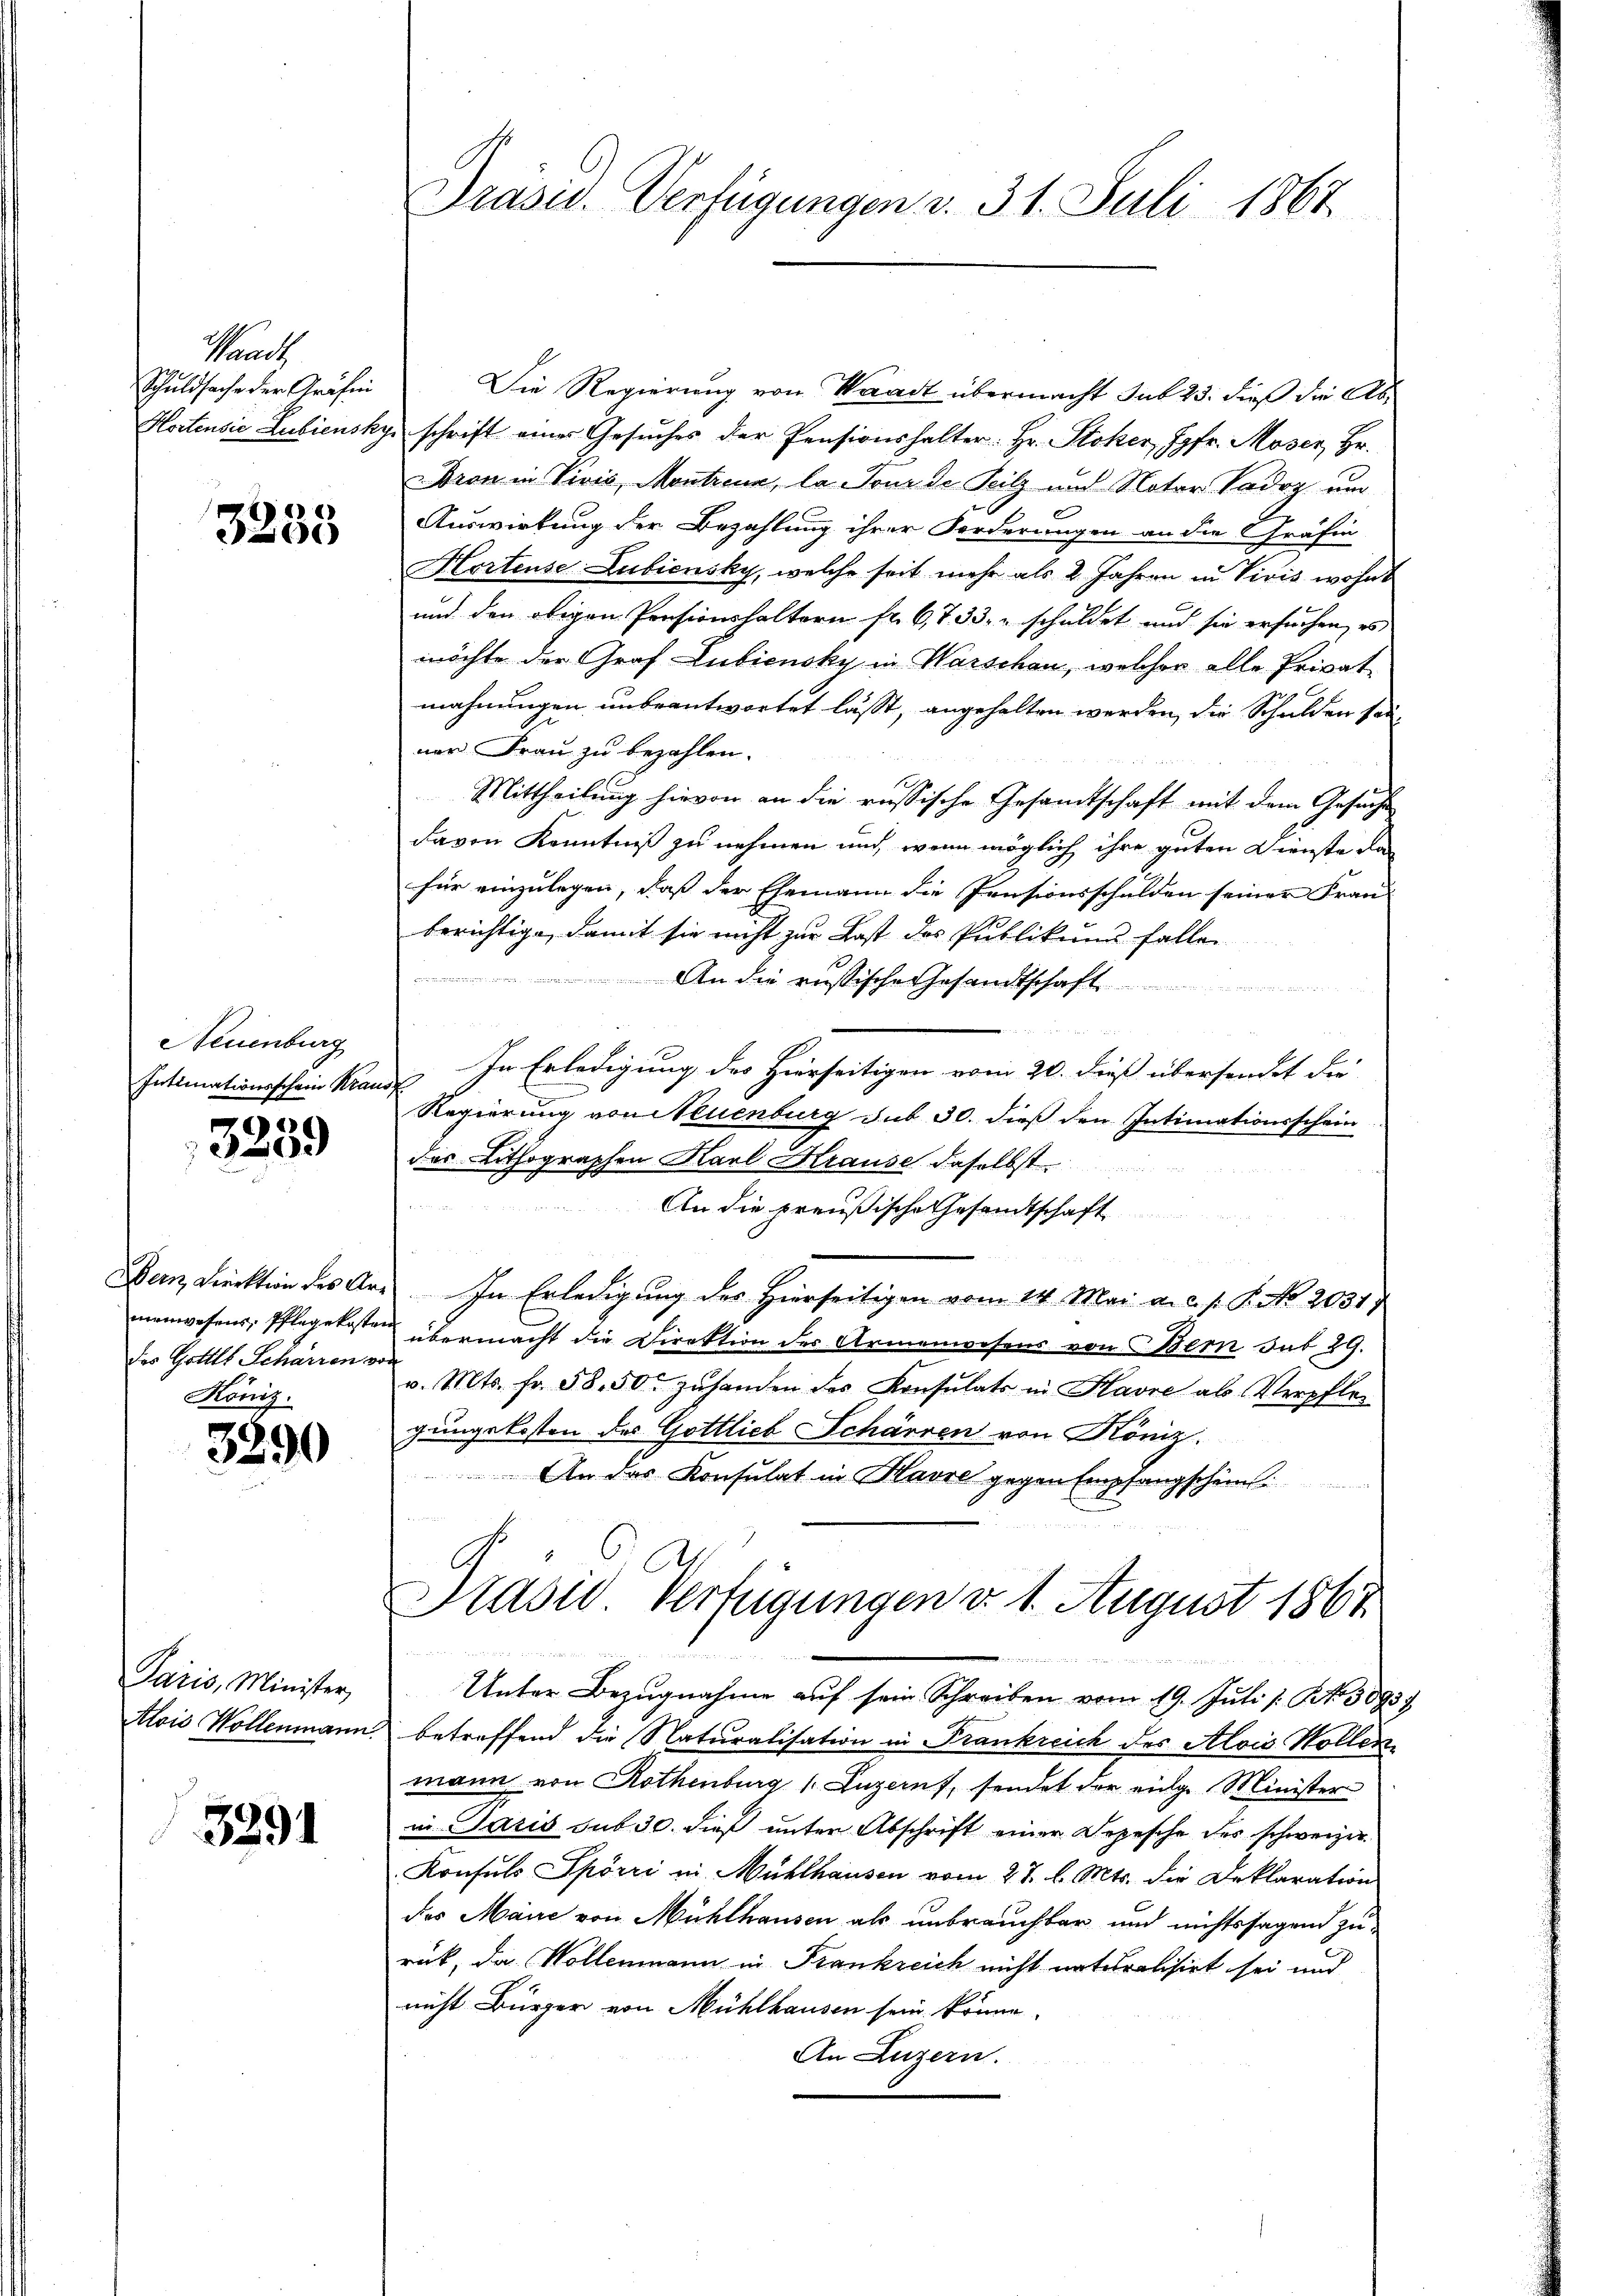
Trach
Schuldsache der Gräfin
Kostensie Lubiensky

3235

Neuenburg
Intimationsschein Kran

3239

Dein Direktion des Ardes Gottes Scharren von
Köniz.

3290

Paris, Minister

3391

Präsid. Verfügungen v. 31. Juli 1867.

Die Regierung von Waadt übermacht sub 23. dieß die Abschrift einer Gesuches der Pensionshalter Hr. Stoker Jgfr. Moser, Hr.
Bran in Vivis, Montrina, la Tour de Teilz und Notar Todoz um
Auswirkung der Bezahlung ihrer Forderungen an die Gräfin
Hortense Lubiensky, welche seit mehr als 2 Jahren in Vivis wohnt
und den obigen Pensionshaltern fr. 6733, schuldet und sie ersuchen, es
möchte der Graf Lubiensky in Warschau, welcher alle Privat
mahnungen unbeantwortet lässt, angehalten werden, die Schulden solner Frau zu bezahlen.
Mittheilung hievon an die russische Gesamtschaft mit dem Gesuche
davon Kenntniß zu nehmen und wenn möglich ihre guten Dienste da
für einzulegen, daß der Ehemann die Pensionsschulden seiner Frau
berichtige, damit sie nicht zur Last des Publikum fallen
An die russische Gesandtschaft .....................
In Erledigung des Hierseitigen vom 20. dieß übersendet der
¬
Regierung von Neuenburg sub 30. dieß den Intimationsschein
des Lithographen Karl Krause daselbst
An die preußische Gesandtschaft
In Erledigung des Hierseitigen vom 14. Mai a.c. s. P. No. 2031
menwesens, Pflegekosten übermacht die Direktion der Armenwesens von Bern sub 29.
v. Mts. fr. 58,50 zuhanden des Konsulats in Havre ab Verpflegungskosten des Gottlieb Schärren von Köniz.
 An das Konsulat in Havre gegen Empfangschein

Prasio Verfügungen v. 1. August 1867
menen anden

Unter Bezugnahme auf sein Schreiben vom 19. Juli /: No 38937
Alois Wollenmann betreffend die Naturalisation in Frankreich des Alois Hollen
mann von Rothenburg 1. Luzern, sendet der eige Minister
in Paris sub 30. dieß unter Abschrift einer Depesche des schweizer
Konsuls Spörri in Mühlhausen vom 27. l. Mts. die Deklaration
des Maire von Mühlhausen als unbrauchbar und nichtssagend zu-
rück, da Wollenmann in Frankreich nicht naturalisirt sei und
nicht Bürger von Mühlhausen sein könne.
An Luzern.